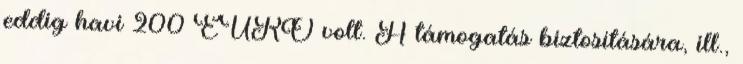
eddig havi 200 EURO volt. A támogatás biztosítására, ill.,